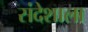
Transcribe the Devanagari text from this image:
संदेशाला